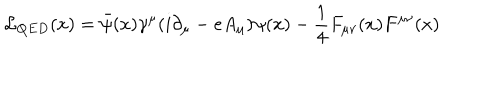
LaTeX: { \cal { L } } _ { Q E D } ( x ) = \bar { \psi } ( x ) \gamma ^ { \mu } ( i \partial _ { \mu } - e A _ { \mu } ) \psi ( x ) - \frac { 1 } { 4 } F _ { \mu \nu } ( x ) F ^ { \mu \nu } ( x )